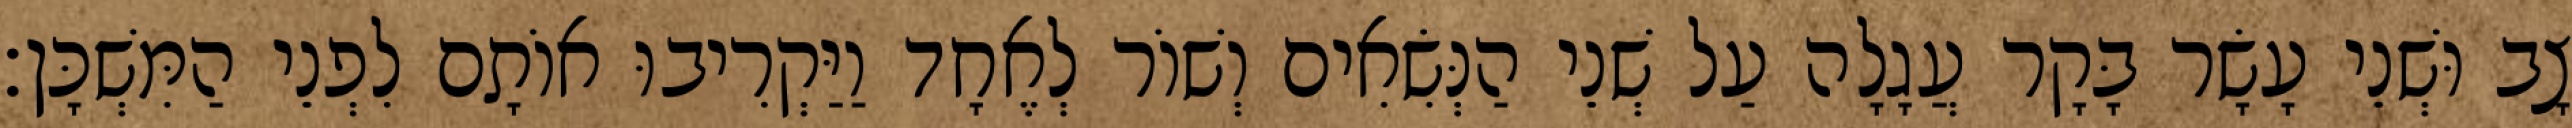
צָב וּשְׁנֵי עָשָׂר בָּקָר עֲגָלָה עַל שְׁנֵי הַנְּשִׂאִים וְשׁוֹר לְאֶחָד וַיַּקְרִיבוּ אוֹתָם לִפְנֵי הַמִּשְׁכָּן׃